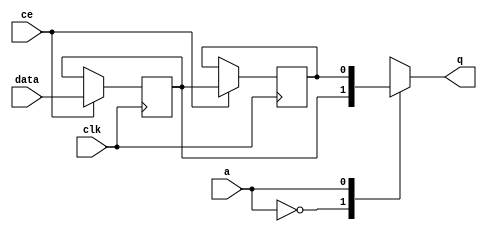
// ==============================================================
// Vivado(TM) HLS - High-Level Synthesis from C, C++ and SystemC v2019.2 (64-bit)
// Copyright 1986-2019 Xilinx, Inc. All Rights Reserved.
// ==============================================================

`timescale 1 ns / 1 ps

module start_for_linear_array_array_ap_fixed_10u_linear_config27cjv_shiftReg (
    clk,
    data,
    ce,
    a,
    q);

parameter DATA_WIDTH = 32'd1;
parameter ADDR_WIDTH = 32'd1;
parameter DEPTH = 2'd2;

input clk;
input [DATA_WIDTH-1:0] data;
input ce;
input [ADDR_WIDTH-1:0] a;
output [DATA_WIDTH-1:0] q;

reg[DATA_WIDTH-1:0] SRL_SIG [0:DEPTH-1];
integer i;

always @ (posedge clk)
    begin
        if (ce)
        begin
            for (i=0;i<DEPTH-1;i=i+1)
                SRL_SIG[i+1] <= SRL_SIG[i];
            SRL_SIG[0] <= data;
        end
    end

assign q = SRL_SIG[a];

endmodule

module start_for_linear_array_array_ap_fixed_10u_linear_config27cjv (
    clk,
    reset,
    if_empty_n,
    if_read_ce,
    if_read,
    if_dout,
    if_full_n,
    if_write_ce,
    if_write,
    if_din);

parameter MEM_STYLE   = "shiftreg";
parameter DATA_WIDTH  = 32'd1;
parameter ADDR_WIDTH  = 32'd1;
parameter DEPTH       = 2'd2;

input clk;
input reset;
output if_empty_n;
input if_read_ce;
input if_read;
output[DATA_WIDTH - 1:0] if_dout;
output if_full_n;
input if_write_ce;
input if_write;
input[DATA_WIDTH - 1:0] if_din;

wire[ADDR_WIDTH - 1:0] shiftReg_addr ;
wire[DATA_WIDTH - 1:0] shiftReg_data, shiftReg_q;
wire                     shiftReg_ce;
reg[ADDR_WIDTH:0] mOutPtr = ~{(ADDR_WIDTH+1){1'b0}};
reg internal_empty_n = 0;
reg internal_full_n = 1;

assign if_full_n = internal_full_n;
assign if_empty_n = internal_empty_n;
assign shiftReg_data = if_din;
assign if_dout = shiftReg_q;

always @ (posedge clk) begin
    if (reset == 1'b1)
    begin
        mOutPtr <= ~{ADDR_WIDTH+1{1'b0}};
        internal_empty_n <= 1'b0;
        internal_full_n <= 1'b1;
    end
    else begin
        if (((if_read & if_read_ce) == 1 & internal_empty_n == 1) && 
            ((if_write & if_write_ce) == 0 | internal_full_n == 0))
        begin
            mOutPtr <= mOutPtr - 2'd1;
            if (mOutPtr == 2'd0)
                internal_empty_n <= 1'b0;
            internal_full_n <= 1'b1;
        end 
        else if (((if_read & if_read_ce) == 0 | internal_empty_n == 0) && 
            ((if_write & if_write_ce) == 1 & internal_full_n == 1))
        begin
            mOutPtr <= mOutPtr + 2'd1;
            internal_empty_n <= 1'b1;
            if (mOutPtr == DEPTH - 2'd2)
                internal_full_n <= 1'b0;
        end 
    end
end

assign shiftReg_addr = mOutPtr[ADDR_WIDTH] == 1'b0 ? mOutPtr[ADDR_WIDTH-1:0]:{ADDR_WIDTH{1'b0}};
assign shiftReg_ce = (if_write & if_write_ce) & internal_full_n;

start_for_linear_array_array_ap_fixed_10u_linear_config27cjv_shiftReg 
#(
    .DATA_WIDTH(DATA_WIDTH),
    .ADDR_WIDTH(ADDR_WIDTH),
    .DEPTH(DEPTH))
U_start_for_linear_array_array_ap_fixed_10u_linear_config27cjv_ram (
    .clk(clk),
    .data(shiftReg_data),
    .ce(shiftReg_ce),
    .a(shiftReg_addr),
    .q(shiftReg_q));

endmodule